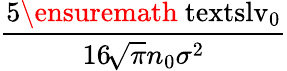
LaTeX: \displaystyle\frac{5\ensuremath{\mathrm{\ textsl{v}}_{0}}}{16\! \sqrt{\pi}n_{0}\sigma^{2}}